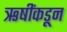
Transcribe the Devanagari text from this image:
ऋषींकडून